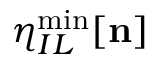
\eta _ { I L } ^ { \mathrm { m i n } } [ { \bf n } ]